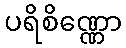
ပရိစိဏ္ဏော